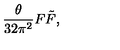
\frac { \theta } { 3 2 \pi ^ { 2 } } F \tilde { F } ,